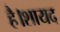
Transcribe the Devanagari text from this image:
है।शायद